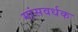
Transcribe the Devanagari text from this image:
मांसवर्धक